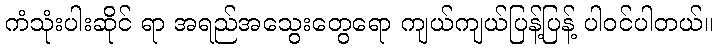
ကံသုံးပါးဆိုင် ရာ အရည်အသွေးတွေရော ကျယ်ကျယ်ပြန့်ပြန့် ပါဝင်ပါတယ်။